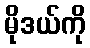
မိုဒယ်ကို